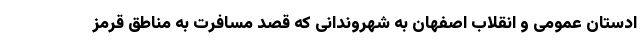
ادستان عمومی و انقلاب اصفهان به شهروندانی که قصد مسافرت به مناطق قرمز